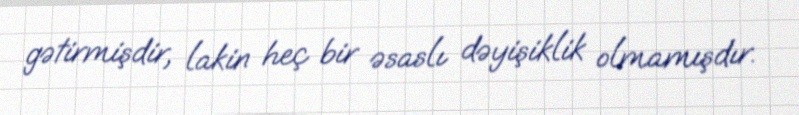
gətirmişdir, lakin heç bir əsaslı dəyişiklik olmamışdır.